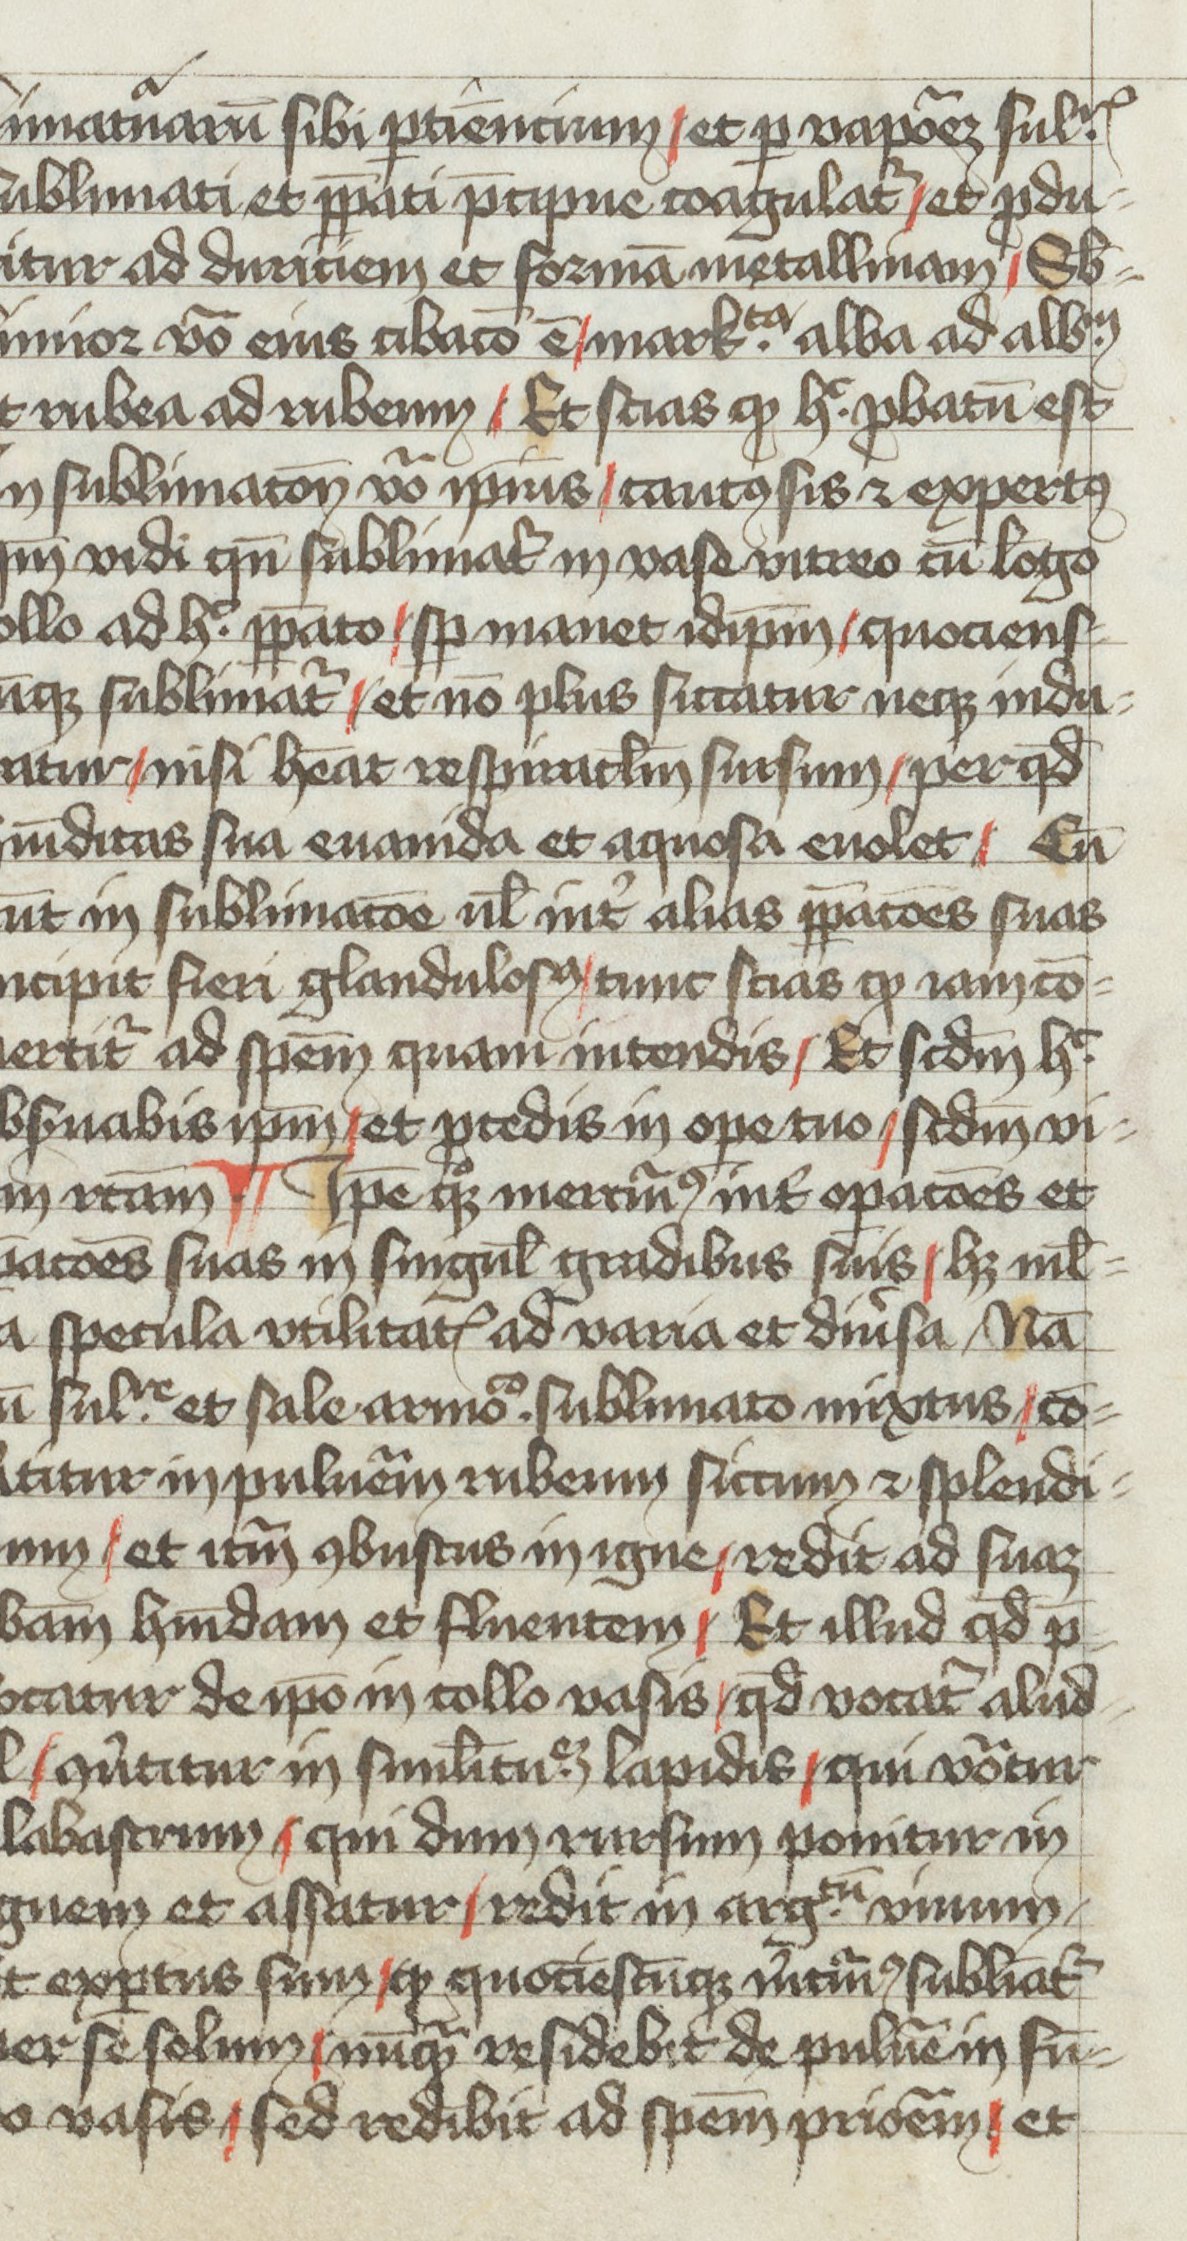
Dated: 1400–1499